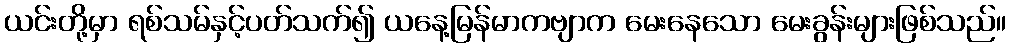
ယင်းတို့မှာ ရစ်သမ်နှင့်ပတ်သက်၍ ယနေ့မြန်မာကဗျာက မေးနေသော မေးခွန်းများဖြစ်သည်။